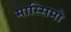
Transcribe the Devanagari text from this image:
मास्‍सिमो